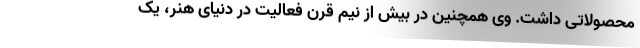
محصولاتی داشت. وی همچنین در بیش از نیم قرن فعالیت در دنیای هنر، یک